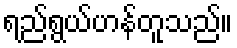
ရည်ရွယ်ဟန်တူသည်။